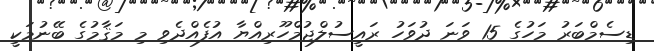
ޑިސެމްބަރު މަހުގެ 15 ވަނަ ދުވަހު ރައީސުލްޖުމްހޫރިއްޔާ އުފެއްދެވި މި މަޤާމުގެ ބޭނުމަކީ